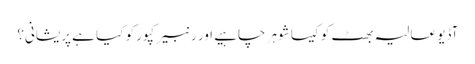
آڈیو عالیہ بھٹ کو کیسا شوہر چاہیے اور رنبیر کپور کو کیا ہے پریشانی؟